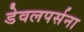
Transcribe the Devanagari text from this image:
डेवलपर्सना